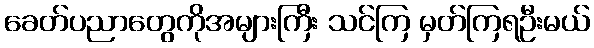
ခေတ်ပညာတွေကိုအများကြီး သင်ကြ မှတ်ကြရဦးမယ်